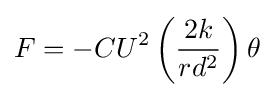
F=-CU^{2}\left({\frac {2k}{rd^{2}}}\right)\theta